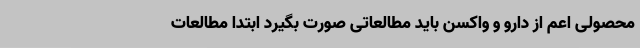
محصولی اعم از دارو و واکسن باید مطالعاتی صورت بگیرد ابتدا مطالعات